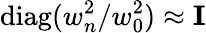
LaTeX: \mathrm{diag}(w_{n}^{2}/w_{0}^{2})\approx{\mathbf I}